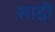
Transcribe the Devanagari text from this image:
साडी़